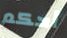
أحكم